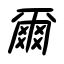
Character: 爾